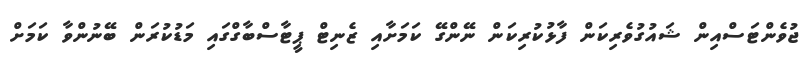
ޖުވެންޓަސްއިން ޝައުގުވެރިކަން ފާޅުކުރިކަން ނޭންގޭ ކަމަށާއި ޒެނިޓް ޕީޓާސްބާގްގައި މަޑުކުރަން ބޭނުންވާ ކަމަށް